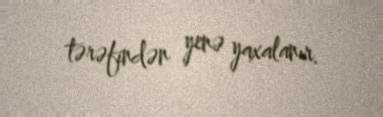
tərəfindən yenə yaxalanır.